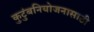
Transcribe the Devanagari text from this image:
कुटुंबनियोजनासाठी